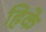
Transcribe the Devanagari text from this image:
हिके